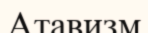
Атавизм